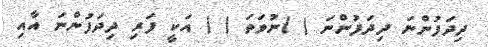
ދިދަފުންނަ ދިދަފުންނަ ( )ނުވަތަ ( ) އަކީ ފަރި ދިދަފުންނަ އާއި